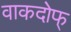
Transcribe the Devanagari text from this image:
वाकदोफ्